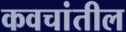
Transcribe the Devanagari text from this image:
कवचांतील